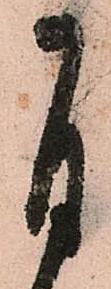
自